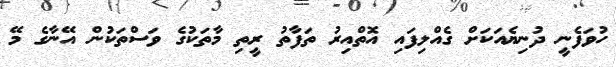
ހުވަފެނީ ދުނިޔެއަކަށް ގެއްލިފައި އޮތްއިރު ތަފާތު ރީތި މާތަކުގެ ވަސްތަކުން އޭނާގެ މޭ